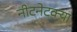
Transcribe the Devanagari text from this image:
नीटनेटक्या